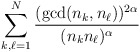
\begin{align*}\sum_{k,\ell=1}^N\frac{(\gcd(n_k,n_{\ell}))^{2\alpha}}{(n_kn_{\ell})^\alpha}\end{align*}